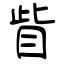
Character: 眥